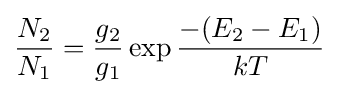
{\frac {N_{2}}{N_{1}}}={\frac {g_{2}}{g_{1}}}\exp {\frac {-(E_{2}-E_{1})}{kT}}